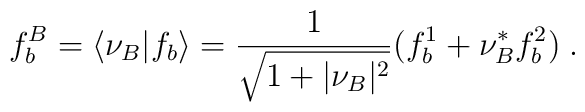
f_b^B=\langle\nu_B\vert f_b\rangle={1\over\sqrt{1+\vert\nu_B\vert^2}}\bigl(f_b^1+\nu_B^*f_b^2\bigr)\;.